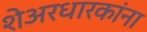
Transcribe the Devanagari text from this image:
शेअरधारकांना